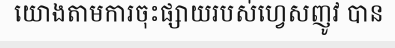
យោងតាមការចុះផ្សាយរបស់ហ្វេសញូវ បាន